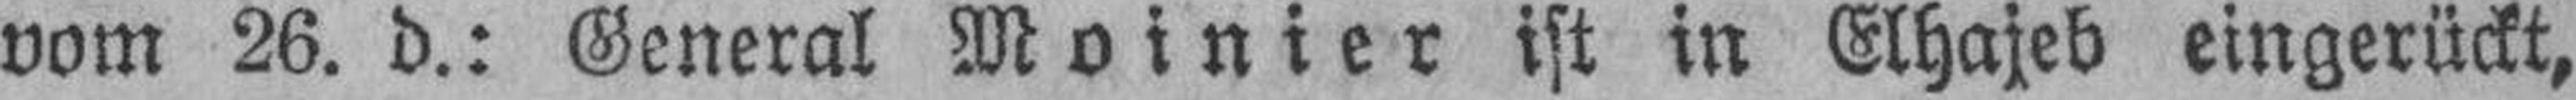
vom 26. d.: General Moinier ist in Elhajeb eingerückt,